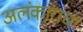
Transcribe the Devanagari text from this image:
अलंकारांचा